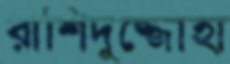
রাশিদুজ্জোহা